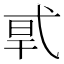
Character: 𰐎